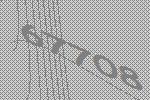
67708